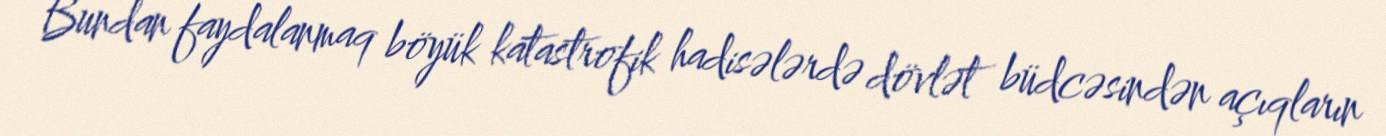
Bundan faydalanmaq böyük katastrofik hadisələrdə dövlət büdcəsindən açıqların